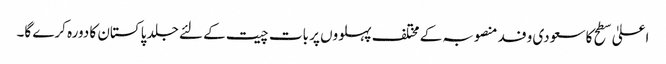
اعلیٰ سطح کا سعودی وفد منصوبہ کے مختلف پہلووں پر بات چیت کے لئے جلد پاکستان کا دورہ کرے گا۔